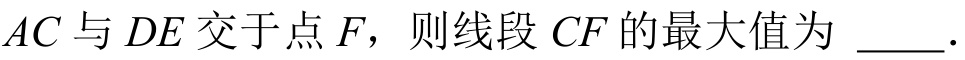
\(AC\)与\(DE\)交于点\(F\)，则线段\(CF\)的最大值为 \(\underline{\quad\quad}\)．